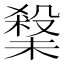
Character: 𭯀